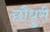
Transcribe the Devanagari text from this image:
छौधुरी